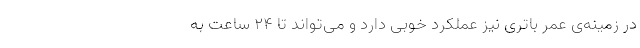
در زمینه‌ی عمر باتری نیز عملکرد خوبی دارد و می‌تواند تا ۲۴ ساعت به